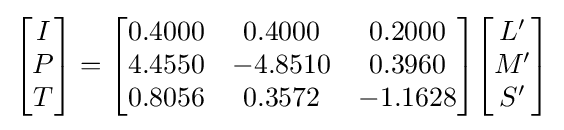
{\begin{bmatrix}I\\P\\T\end{bmatrix}}={\begin{bmatrix}0.4000&0.4000&0.2000\\4.4550&-4.8510&0.3960\\0.8056&0.3572&-1.1628\end{bmatrix}}{\begin{bmatrix}L'\\M'\\S'\end{bmatrix}}